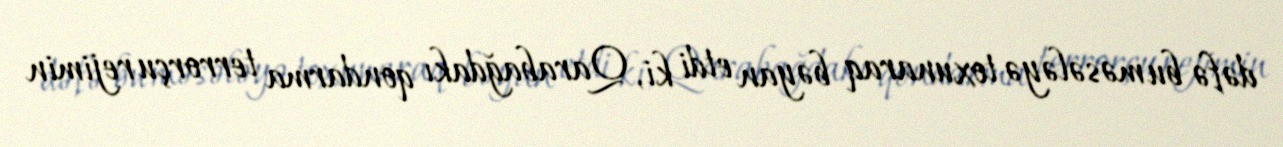
dəfə bu məsələyə toxunaraq bəyan etdi ki, Qarabağdakı qondarma terrorçu rejimin